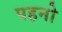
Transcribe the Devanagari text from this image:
पहनो